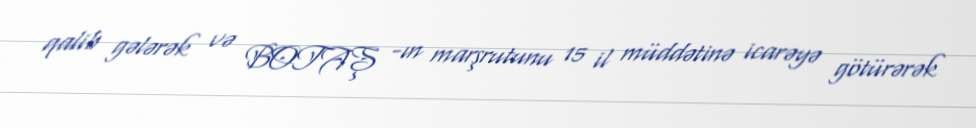
qalib gələrək və BOTAŞ -ın marşrutunu 15 il müddətinə icarəyə götürərək